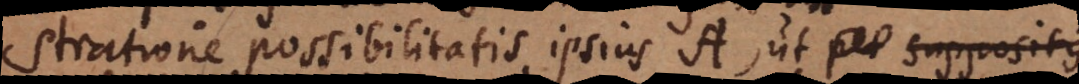
stratione possibilitatis ipsius A, ut per suppositi